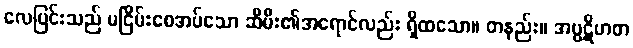
လေပြင်းသည် မငြိမ်းစေအပ်သော ဆီမီး၏အရောင်လည်း ရှိထသော။ တနည်း။ အပ္ပဋိဟတ